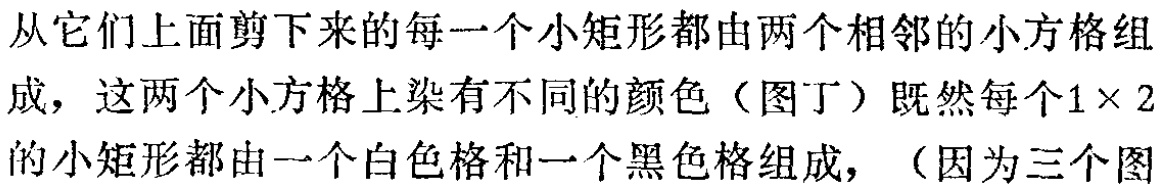
从它们上面剪下来的每一个小矩形都由两个相邻的小方格组成，这两个小方格上染有不同的颜色（图丁）既然每个\(1\times 2\)的小矩形都由一个白色格和一个黑色格组成，（因为三个图